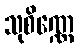
သုစိဏ္ဏေ